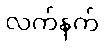
လက်နက်